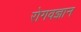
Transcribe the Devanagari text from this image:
रोगवज्ञान